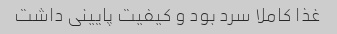
غذا کاملا سرد بود و کیفیت پایینی داشت